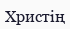
Христің